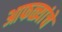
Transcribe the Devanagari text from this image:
आफळ्यांचे